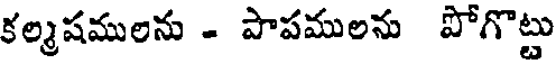
కల్మషములను - పాపములను పోగొట్టు